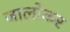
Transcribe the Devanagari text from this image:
जालोकर